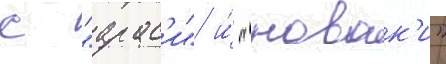
с "арас'и" и́ "новак'и"